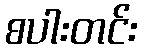
စပါးတင်း